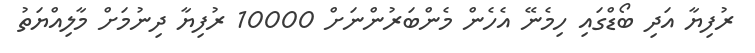
ރުފިޔާ އަދި ބޯޑްގައި ހިމެނޭ އެހެން މެންބަރުންނަށް 10000 ރުފިޔާ ދިނުމަށް މާލިއްޔަތު